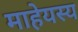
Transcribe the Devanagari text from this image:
माहेयस्य